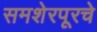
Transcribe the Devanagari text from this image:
समशेरपूरचे